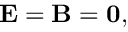
\mathbf { E } = \mathbf { B } = \mathbf { 0 } ,